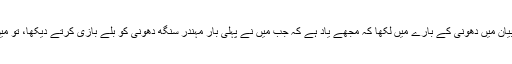
چیپل نے اپنے بیان میں دھونی کے بارے میں لکھا کہ مجھے یاد ہے کہ جب میں نے پہلی بار مہندر سنگھ دھونی کو بلے بازی کرتے دیکھا، تو میں حیران رہ گیا۔